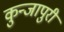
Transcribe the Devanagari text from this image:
कुन्जापुरी